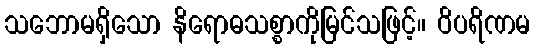
သဘောမရှိသော နိရောဓသစ္စာကိုမြင်သဖြင့်။ ဝိပရိဏမ